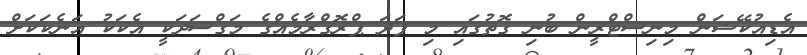
އެޑިއުކޭޝަން މިނިސްޓްރީން ބުނި ގޮތުގައި މި ފަދަ ޕްރޮގްރާމެއްގެ މަގްސަދަކީ އެކަކު އަނެކަކަށް